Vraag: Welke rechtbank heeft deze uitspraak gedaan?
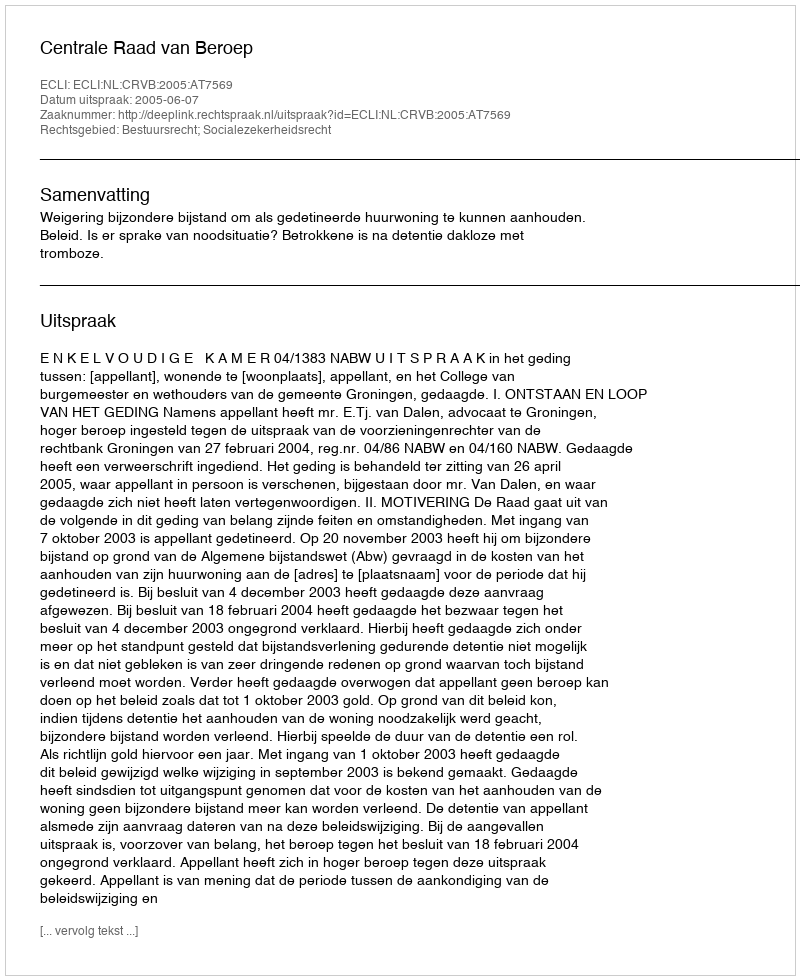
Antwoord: Centrale Raad van Beroep